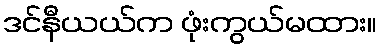
ဒင်နီယယ်က ဖုံးကွယ်မထား။